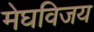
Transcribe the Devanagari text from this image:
मेघविजय